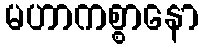
မဟာကစ္စာနော